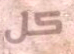
كل